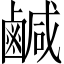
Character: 鹹